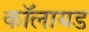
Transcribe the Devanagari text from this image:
कॉलायड